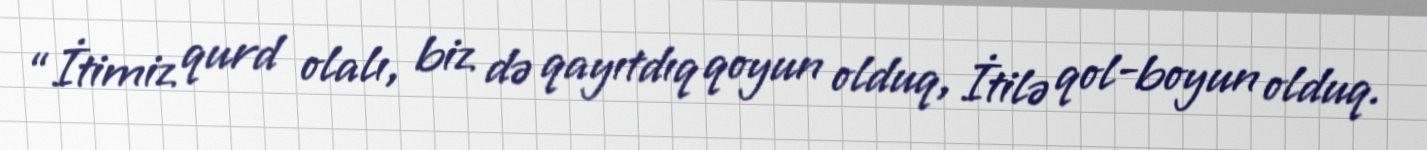
“İtimiz qurd olalı, biz də qayıtdıq qoyun olduq, İtilə qol-boyun olduq.